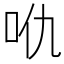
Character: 𠯾